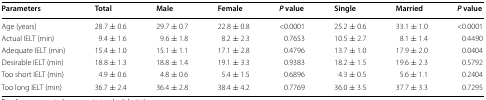
<table><thead><tr><td><b>Parameters</b></td><td><b>Total</b></td><td><b>Male</b></td><td><b>Female</b></td><td><b><i>P</i> value</b></td><td><b>Single</b></td><td><b>Married</b></td><td><b><i>P</i> value</b></td></tr></thead><tbody><tr><td>Age (years)</td><td>28.7 ± 0.6</td><td>29.7 ± 0.7</td><td>22.8 ± 0.8</td><td>&lt;0.0001</td><td>25.2 ± 0.6</td><td>33.1 ± 1.0</td><td>&lt;0.0001</td></tr><tr><td>Actual IELT (min)</td><td>9.4 ± 1.6</td><td>9.6 ± 1.8</td><td>8.2 ± 2.3</td><td>0.7653</td><td>10.5 ± 2.7</td><td>8.1 ± 1.4</td><td>0.4490</td></tr><tr><td>Adequate IELT (min)</td><td>15.4 ± 1.0</td><td>15.1 ± 1.1</td><td>17.1 ± 2.8</td><td>0.4796</td><td>13.7 ± 1.0</td><td>17.9 ± 2.0</td><td>0.0404</td></tr><tr><td>Desirable IELT (min)</td><td>18.8 ± 1.3</td><td>18.8 ± 1.4</td><td>19.1 ± 3.3</td><td>0.9383</td><td>18.2 ± 1.5</td><td>19.6 ± 2.3</td><td>0.5792</td></tr><tr><td>Too short IELT (min)</td><td>4.9 ± 0.6</td><td>4.8 ± 0.6</td><td>5.4 ± 1.5</td><td>0.6896</td><td>4.3 ± 0.5</td><td>5.6 ± 1.1</td><td>0.2404</td></tr><tr><td>Too long IELT (min)</td><td>36.7 ± 2.4</td><td>36.4 ± 2.8</td><td>38.4 ± 4.2</td><td>0.7769</td><td>36.0 ± 3.5</td><td>37.7 ± 3.3</td><td>0.7295</td></tr></tbody></table>